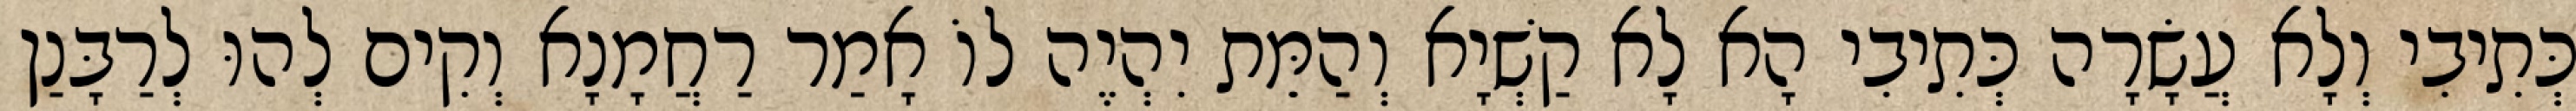
כְּתִיבִי וְלָא עֲשָׂרָה כְּתִיבִי הָא לָא קַשְׁיָא וְהַמֵּת יִהְיֶה לוֹ אָמַר רַחֲמָנָא וְקִים לְהוּ לְרַבָּנַן